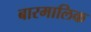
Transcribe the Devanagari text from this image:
बारमालिक